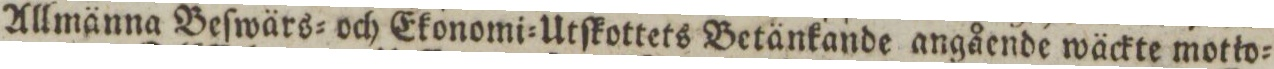
Allmänna Beſwärs= och Ekonomi=Utſkottets Betänkande angående wäckte motio=